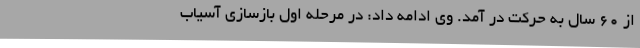
از 60 سال به حرکت در آمد. وی ادامه داد: در مرحله اول بازسازی آسیاب